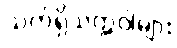
သက်ရှိသတ္တဝါများ